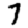
Digit: 7